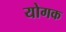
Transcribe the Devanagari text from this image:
योगक